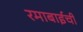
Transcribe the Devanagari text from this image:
रमाबाईची